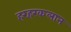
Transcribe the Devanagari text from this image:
हरहरकलान